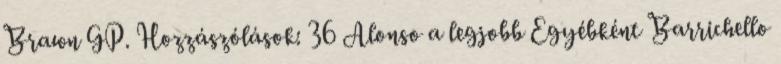
Brawn GP. Hozzászólások: 36 Alonso a legjobb Egyébként Barrichello